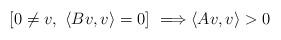
LaTeX: \begin{align*}[0\not=v,~\langle Bv,v\rangle=0]~\Longrightarrow \langle Av,v\rangle>0\end{align*}